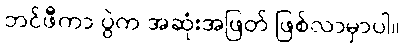
ဘင်ဖီကာ ပွဲက အဆုံးအဖြတ် ဖြစ်လာမှာပါ။